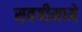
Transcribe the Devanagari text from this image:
सवयीमध्ये